Seli_vallavalitsus_Parnumaal, lk 25
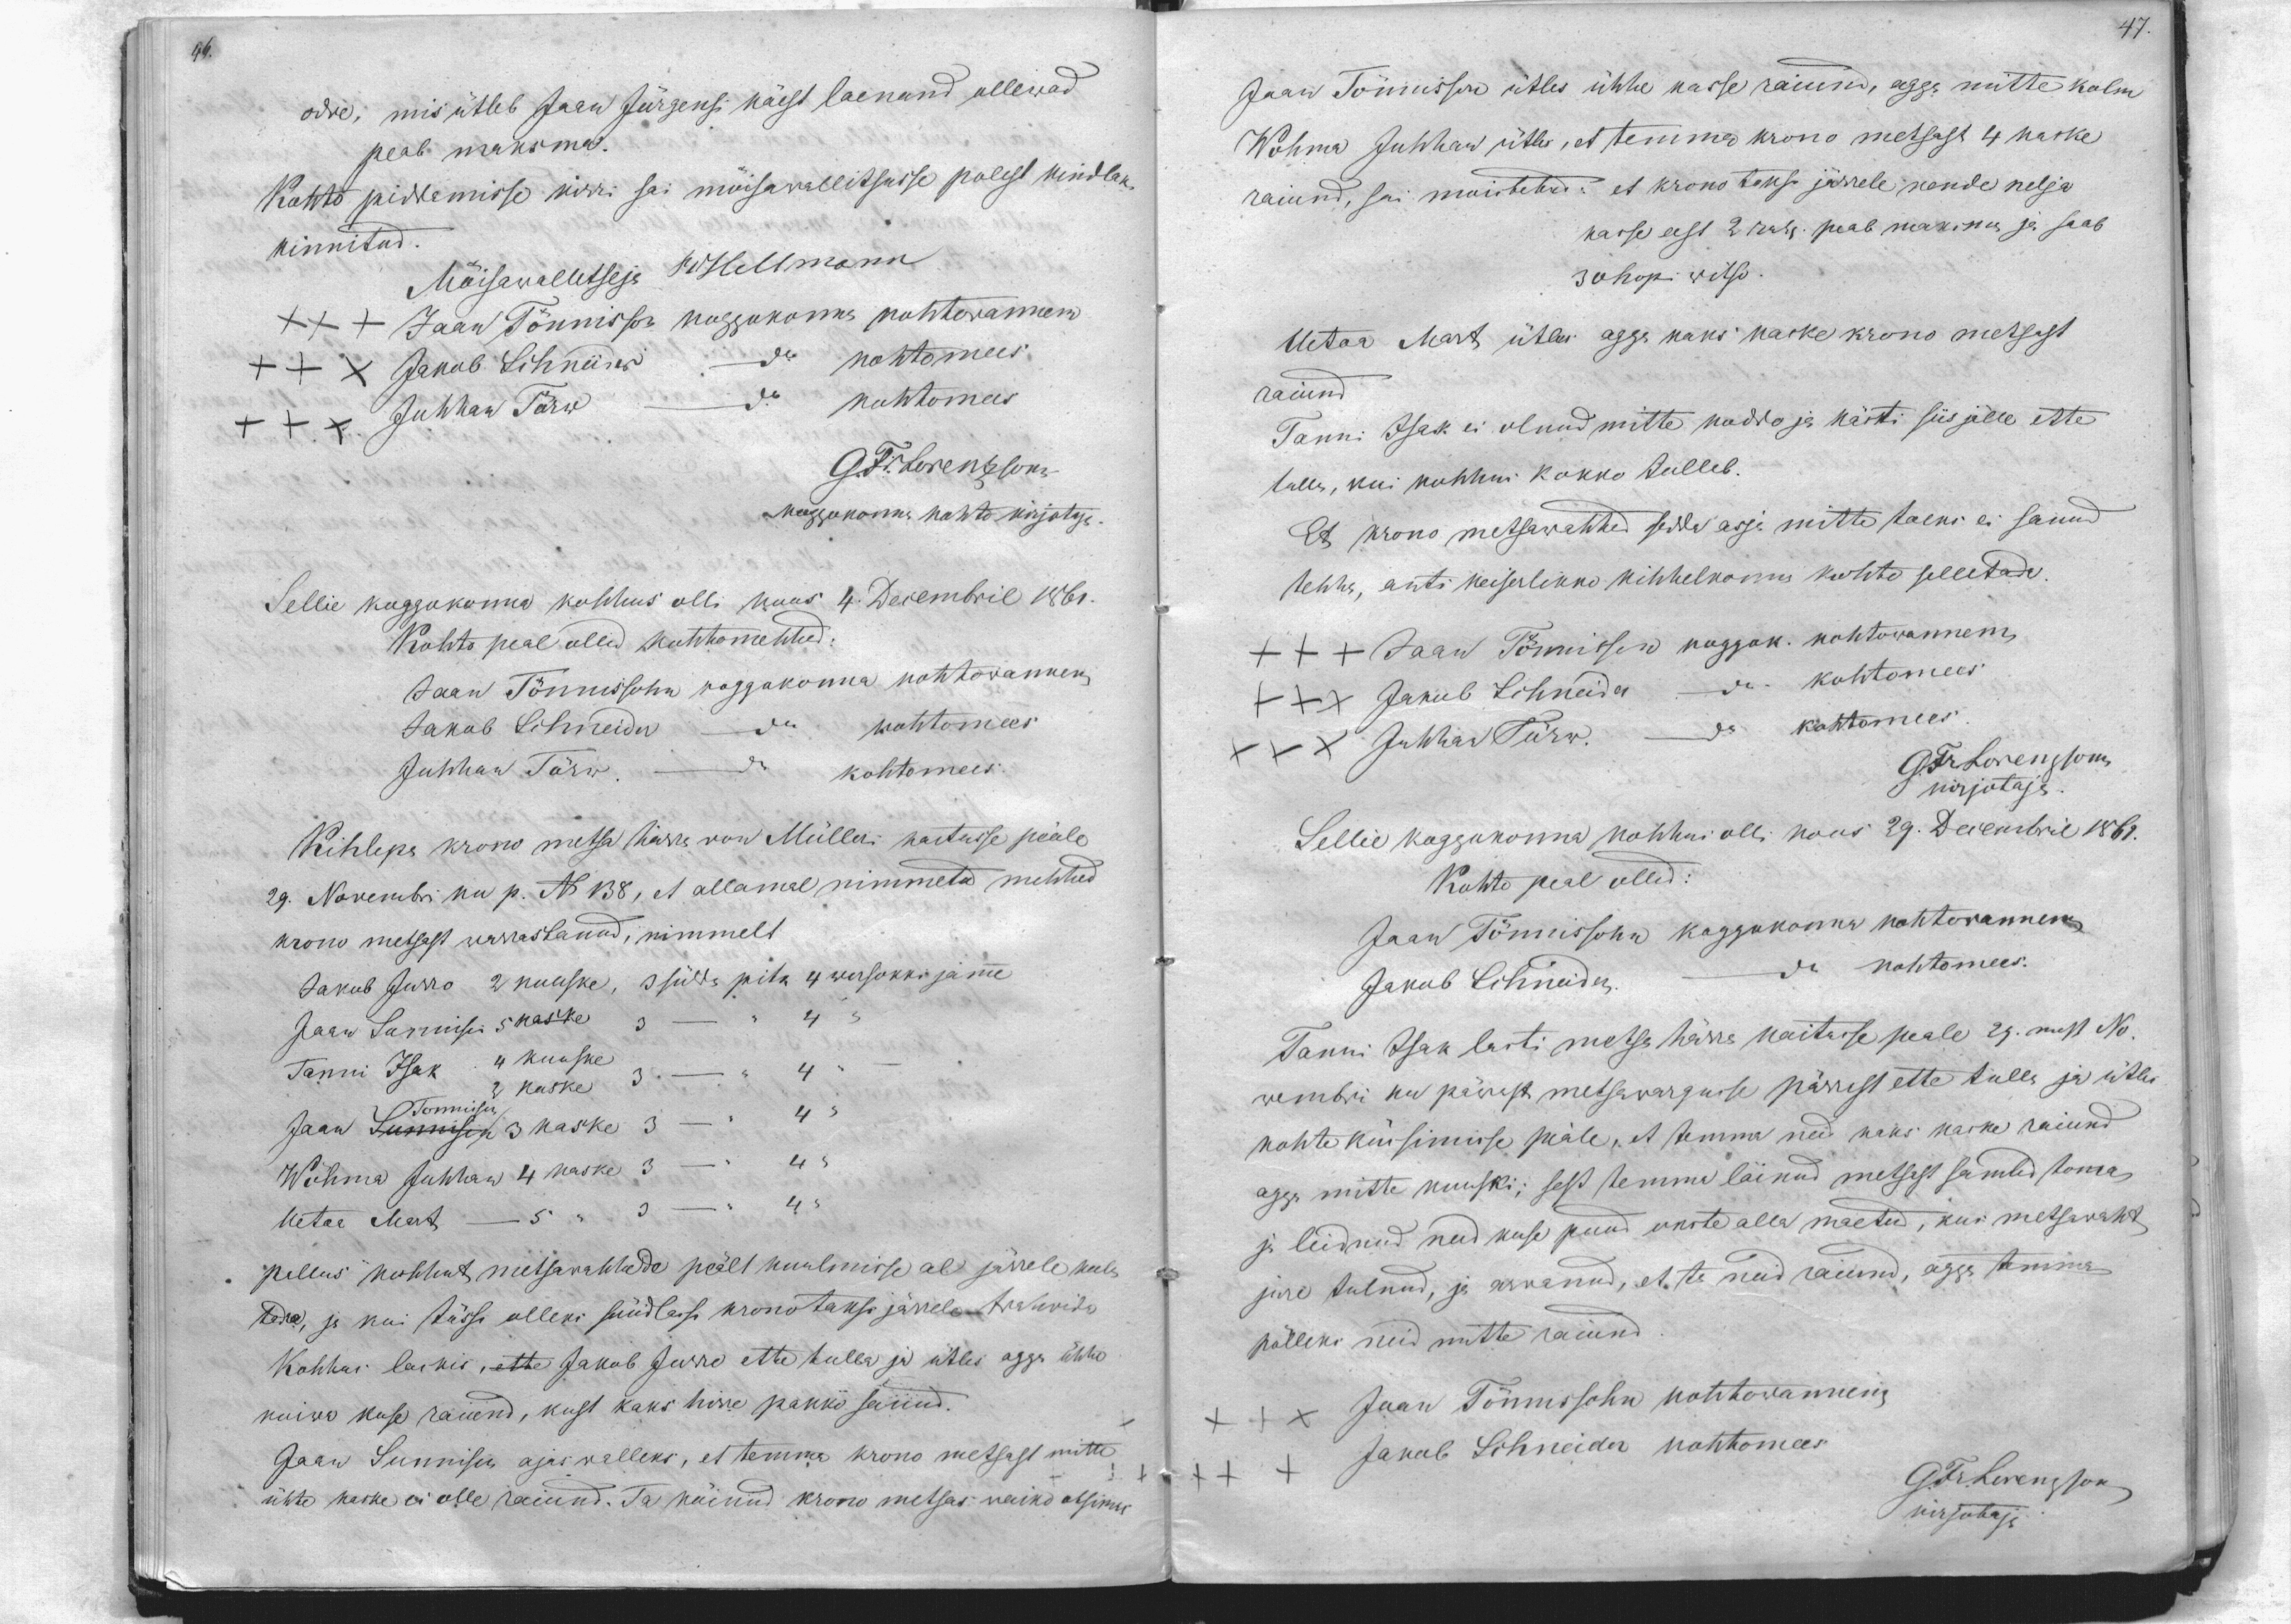
47.

odre, mis ütleb Jaan Jürgensi käest laenand ollewad
peab maksma.
Kohto piddamisse kirri sai möisawallitsusse polest kindlaks
kinnitud.
Möisawallitseja RHellmann
+++ Jaan Tönnisson koggokonna kohtowannem
XXX Jakob Schneider
Kohtomees
XXX Juhhan Törw
Kohtomees
G. Fr. Lorenzson
koggokonna kohto kirjotaja
Sellie koggokonna kohhus olli koos 4. Detsembril 1861.
Kohto peal ollid kohtomehhed.
Jaan Tönnissohn koggokonna kohtowannem
Jakob Schneider - do kohtomees
Juhhan Törw.
kohtomees.
Kihlepa krono metsa härra von Mülleri kartusse peäle
29. Novembri ku p. N 138, et allamal nimmetud mehhed
krono metsast warrastanud, nimmelt
Jakob Jurro 2 kuuske, 3 sülda pikk 4 wersokki jämme
Jaan Sunnisen 5 kaske
Tanni Isak 4 kuuske
Tõnnison 2 kaske
Jaan Sunnisen 3 kaske
4
Wöhma Juhhan 4 kaske 3 - " 4 "
Uetoa Mart - 5 " 3 - " 4 "
Pallus kohhut metsawahhede peält kuulmisse al järrele kulo-
tada, ja kui tössi olleks süüdlassi kronotaksi järrele trahwida
Kohhus laskis, ette Jakob Jurre ette tulla ja ütles agga ühhe
kuiwa kuse raiund, kust kaks hawa pakko sanud.
Jaan Sunnisen ajas walleks, et temma krono metsast mitte
ühte kaske ei olle raiund. Ta käinud krono metsas waiko otsimas

Jaan Tönnisson ütles ühhe kasse raiund, agga mitte kolm
Wöhma Juhhan ütles, et temma krono metsast 4 kaske
raiund, sai moistetud: et krono takse järrele nende nelja
kasse eest 2 rub. peab maksma ja saab
30 hopi witso.
Uetao Mart ütles agga kaks kaske krono metsast
raiund
Tanni Isak ei olnud mitte koddo ja kästi siis jälle ette
tulla, kui kohhus kokko tulleb.
Et krono metsawahhed sedda asja mitte toeks ei sanud
tehha, anti keiserlikko kihhelkonna kohto selletada.
+++ Jaan Tönnisson koggok. kohtowannem
XXX Jakob Schneider
do kohtomees
XXX Juhhan Törw.
kohtomees
G. Fr. Lorenzsonn
kirjotaja
Sellie koggokonna kohhus olli koos 29. Decembril 1861.
Kohto peal ollid:
Jaan Tönnissohn koggokonna kohtowannem
Jakob Schneider
do kohtomees.
Tanni Isak lasti metsa härra naitusse peale 23mast No-
wembri ku päwast metsawargusse pärrast ette tulla ja ütles
kohte küssimisse peäle, et temma need kaks kaske raiund
aga mitte kuuski; sest temma läinud metsast samlid toma
ja leidnud need kuse puud okste alla maetud, kui metsawaht
jure tulnud, ja arwanud, et ta neid raiund, agga temma
pölleks neid mitte raiund.
XXX Jaan Tönnissohn kohtowannem
XXX Jakob Schneider kohtomees
G. Fr. Lorenzson
kirjotaja